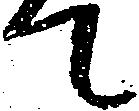
て